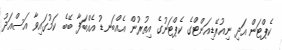
ކެޕްޓަން އަދި ނިއުރޭޑިއަންޓްގެ ކެޕްޓަނުގެ އިތުރުން އެއްބަނޑު އެއްބަފާ ބޭބެ ކަމުގައިވާ އަސްއަދު